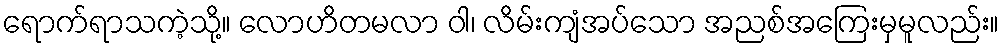
ရောက်ရာသကဲ့သို့။ လောဟိတမလာ ဝါ၊ လိမ်းကျံအပ်သော အညစ်အကြေးမှမူလည်း။